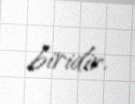
biridir.